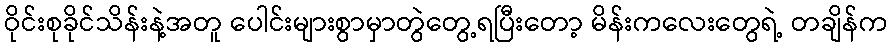
ဝိုင်းစုခိုင်သိန်းနဲ့အတူ ပေါင်းများစွာမှာတွဲတွေ့ရပြီးတော့ မိန်းကလေးတွေရဲ့ တချိန်က